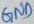
Text: GND